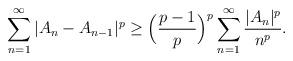
LaTeX: \begin{align*}{}&\displaystyle\sum_{n=1}^{\infty}|A_n-A_{n-1}|^{p}\geq\Big(\frac{p-1}{p}\Big)^{p}\displaystyle\sum_{n=1}^{\infty}\frac{|A_n|^{p}}{n^{p}}.\end{align*}